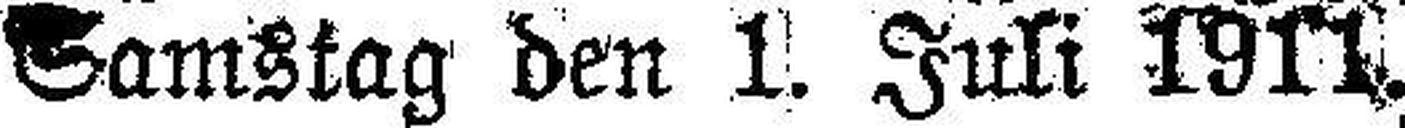
Samstag den 1. Juli 1911.